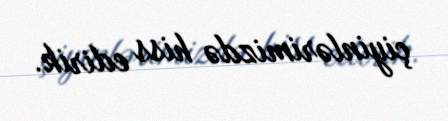
çiyinlərimizdə hiss edirik.